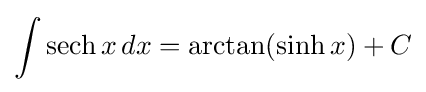
\int \operatorname {sech} x\,dx=\arctan(\sinh x)+C